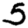
Digit: 5